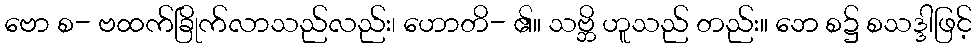
ဗော စ- ဗထက်ခြိုက်လာသည်လည်း၊ ဟောတိ- ၏။ သဗ္ဘိ ဟူသည် တည်း။ ဘေ စ၌ စသဒ္ဒါဖြင့်